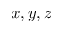
x , y , z